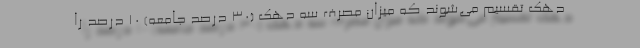
دهک تقسیم می‌شوند که میزان مصرف سه دهک (30 درصد جامعه) 10 درصد را